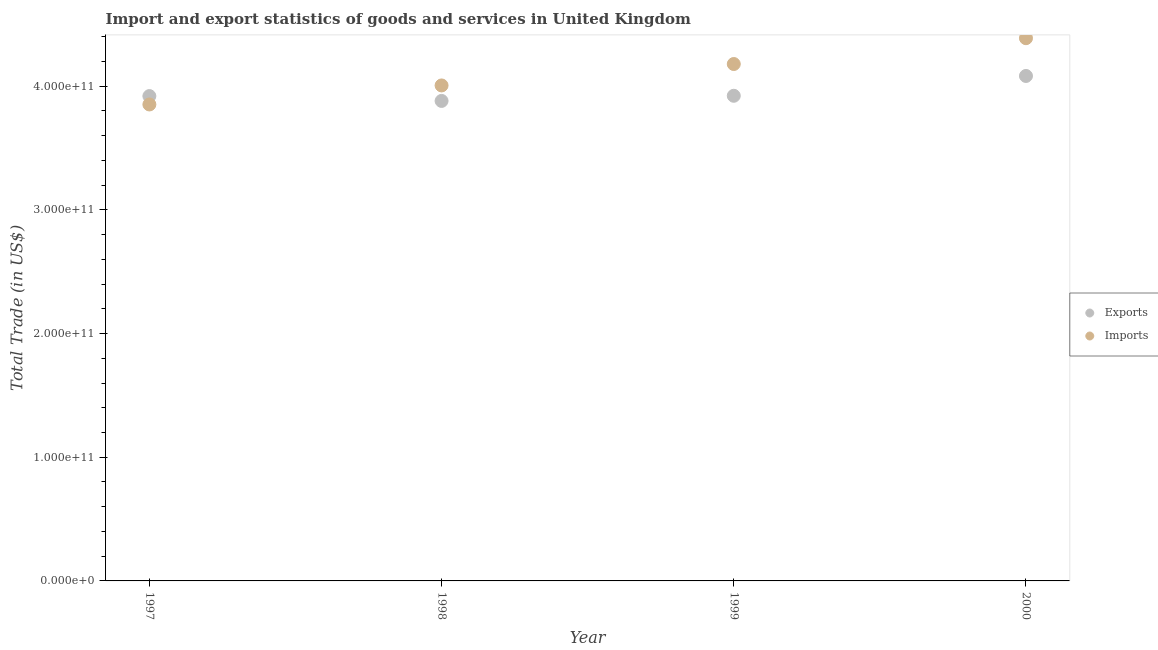
| Year | Exports | Imports |
 | --- | --- | --- |
 | 1997 | 3.92e+11 | 3.85e+11 |
 | 1998 | 3.88e+11 | 4.01e+11 |
 | 1999 | 3.92e+11 | 4.18e+11 |
 | 2000 | 4.08e+11 | 4.39e+11 |